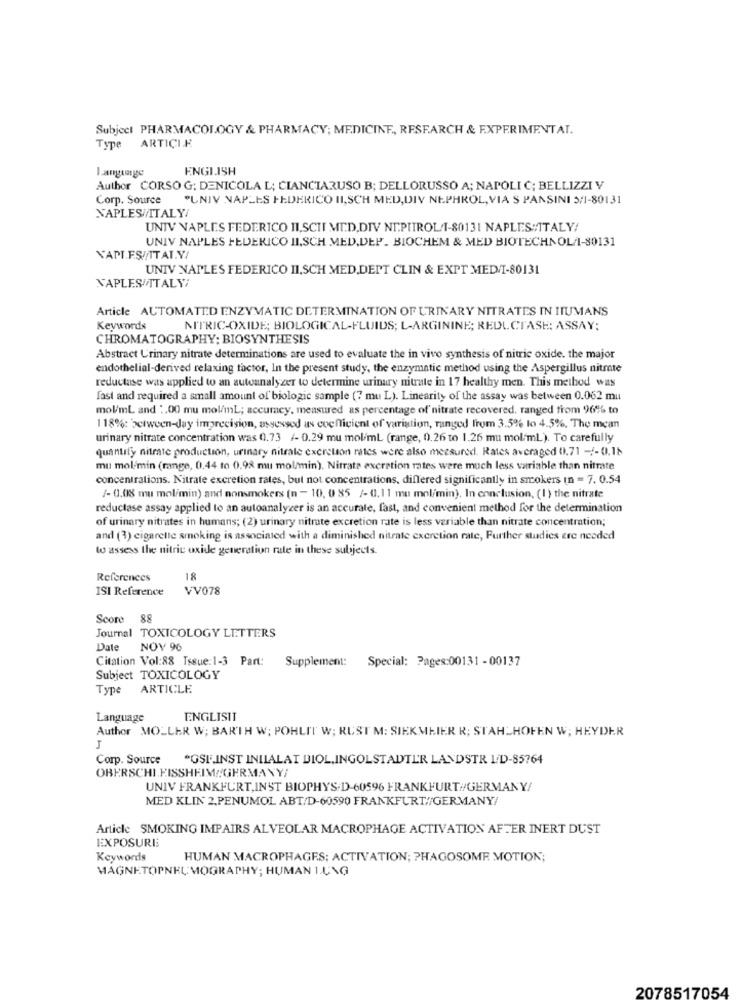
Subject PHARMACOLOGY & PHARMACY; MEDICINE, RESEARCH & EXPERIMENTAI.
Type ARTICLE
ENGLISH
Author CORSO G: DENICOLA L; CIANCIARUSO B; DELLORUSSO A; NAPOLI C; BELLIZZI V
Corp. Source
"UNIV NAPLES FEDERICO II,SCH MED,DIV NEPHROL, VIA S PANSINI 5/1-80131
NAPLES//ITALY/
UNIV NAPLES FEDERICO II,SCHI MT.D.DIV NI.PITROL1-80131 NAPLES:ITALY!
UNIV NAPLES FEDERICO II,SCH MED,DEP. BIOCHEM & MED BIOTECHNOL/1-80131
NAPI.FS//TTAT.V/
UNIV NAPLES FEDERICO II,SCH MED,DEPT CLIN & EXPT MED/1-80131
NAPLES/TTALY/
Article AUTOMATED ENZYMATIC DETERMINATION OF URINARY NITRATES IN HUMANS
Keywords
NITRIC-OXIDE; BIOLOGICAL-FLUIDS; L-ARGININE; REDUCTASE: ASSAY:
CHROMATOGRAPHY: BIOSYNTHESIS
Abstract Urinary nitrate determinations are used to evaluate the in vivo synthesis of nitric oxide. the major
endothelial-derived relaxing factor, In the present study, the enzymatic method using the Aspergillus nitrate
reductase was applied to an autoanalyzer to determine urinary nitrate in 17 healthy men. This method was
fast and required a small amount of biologic sample (7 mu L). Linearity of the assay was between 0.062 mu
mol/ml and :. 00 mu mol/mL; accuracy, measured as percentage of' nitrate recovered, ranged from 96% to
118%: between-Jay imprecision, assessed as coefficient of variation, ranged from 3.5% to 4.5%, The mean
urinary nitrate concentration was 0.73 /- 0.29 mu mol/ml (range, 0.26 to 1.26 mu mol/mL). To carefully
quantily nitrate production, urinary nitrate excretion rates were also measured. Rates averaged 0.71 -/-0.18
mu mol-min (range, 0,44 to 0.98 mu mol/min). Nitrate excretion rates were much less variable than nitrate
concentrations. Nitrate excretion rates, but not concentrations, differed significantly in smokers (n = 7. 0.54
/- 0.08 mu mol/min) and nonsmokers (n - 10, 0 85 /- 0.11 mu mol/min). In conclusion, (1) the nitrate
reductase assay applied to an autoanalyzer is an accurate, fast, and convenient method for the determination
of urinary nitrates in humans; (2) urinary nitrate excretion rate is less variable than nitrate concentration;
and (3) cigarette smoking is associated with a diminished nitrate excretion rate, Further studies ere needed
to assess the nitric oxide generation rate in these subjects.
References
18
ISI Reference
VV078
Score 88
Journal TOXICOLOGY LETTERS
Date NOV 96
Citation Vol:88 Issue:1-3 Part: Supplement: Special: Pages:00131 - 00137
Subject TOXICOLOGY
Type
ARTICLE
Language
ENGLISIT
Author MOLLER W; BARTH W; POHLIT W; RUST M: SIEKMEIER R; STAHLHOFEN W; HEYDER
Corp. Source "GSI,INST INIIALAT DIOL,INGOLSTADTER LANDSTR I/D-85764
OBERSCHI.PISSHEIM//GERMANY/
UNIV FRANKFURT,INST BIOPHYS-D-60596 FRANKFURT//GERMANY/
MED KLIN 2,PENUMOL ABT/D-60590 FRANKFURT//GERMANY/
Article SMOKING IMPAIRS ALVEOLAR MACROPHAGE ACTIVATION AFTER INERT DUST
EXPOSURE
Keywords
HUMAN MACROPHAGES; ACTIVATION; PHAGOSOME MOTION;
MAGNETOPNEUMOGRAPHY; HUMAN 1.UNG
2078517054